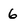
Character: 6